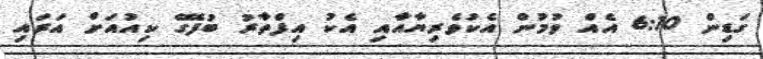
ގަޑިން 6:10 އެއް ވުމުން އެކުވެރިޔާއާއި އެކު އިފްތާރު ބުފޭގެ ކިއުއަށް އަރައި